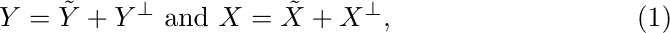
\begin{equation}\label{eq:CommonFactors}
    Y = \Tilde{Y} + Y^\perp \text{ and }  X = \Tilde{X} + X^\perp,
\end{equation}